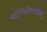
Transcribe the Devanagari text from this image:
पाणिनीकालीन